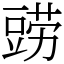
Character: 鿲